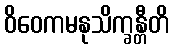
ဝိဝေကမနုသိက္ခန္တီတိ